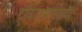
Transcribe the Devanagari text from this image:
ट्विटरसारख्या